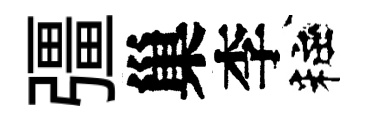
彊巢李粧